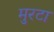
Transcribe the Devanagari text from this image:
मुरटा